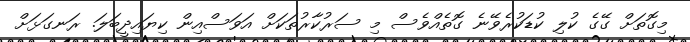
މިގޮތަށް ގޭގެ ކުލި ކުޑަކުރެވޭނެ ގޮތެއްވެސް މި ސަރުކާރުތަކަށް އަވަސްއިން ކިޔައިދީބަލަ. ރަނގަޅަށް